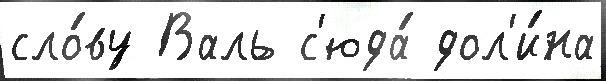
сло́ву Валь с'юда́ дол'и́на